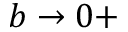
b \rightarrow 0 +